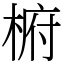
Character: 椨